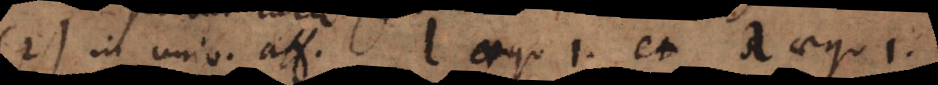
(2) In univ. aff. l aequ. 1 et λ aequ. 1.